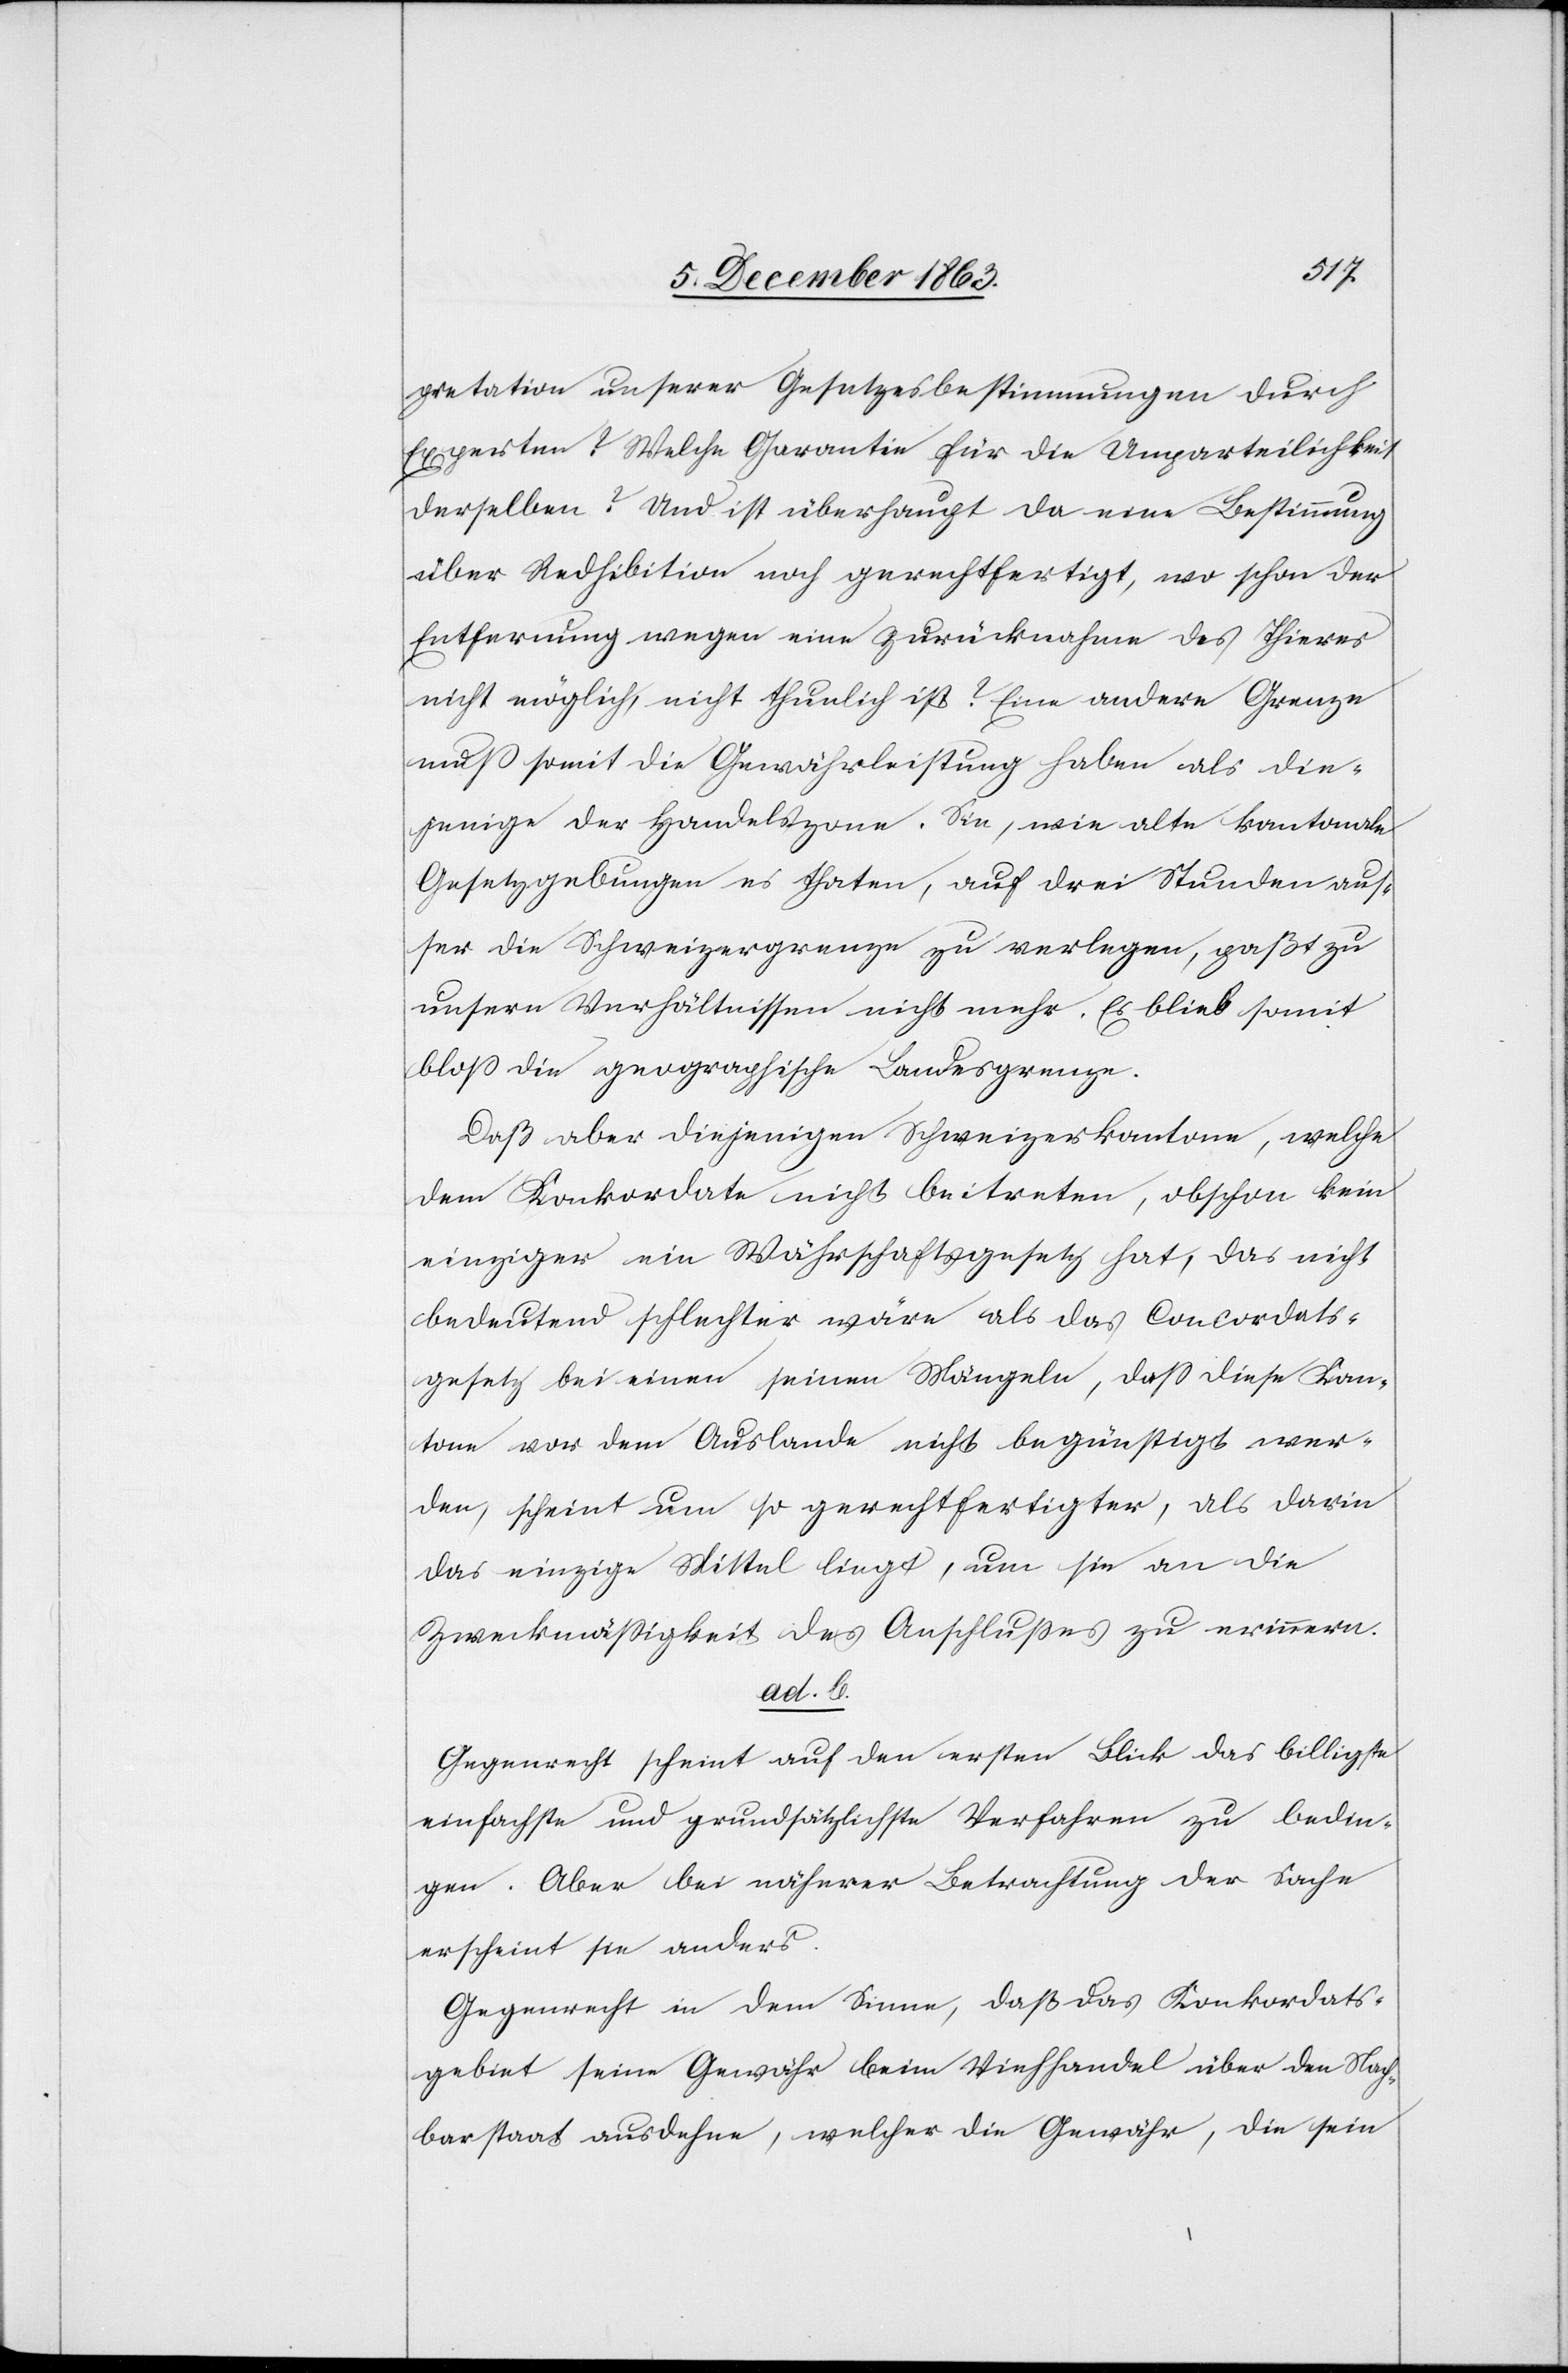
pretation unserer Gesetzesbestimmungen durch
Experten? Welche Garantie für die Unparteilichkeit
derselben? Und ist überhaupt da eine Bestimmung
über Redhibition noch gerechtfertigt, wo schon der
Entfernung wegen eine Zurücknahme des Thieres
nicht möglich, nicht thunlich ist? Eine andere Grenze
muss somit die Gewährleistung haben als die¬
jenige der Handelszone. Sie, wie alte kantonale
Gesetzgebungen es thaten, auf drei Stunden auß¬
er die Schweizergrenze zu verlegen, paßt zu
unsern Verhältnissen nicht mehr. Es blieb somit
bloss die geographische Landesgrenze.
Daß aber diejenigen Schweizerkantone, welche
dem Konkordate nicht beitreten, obschon kein
einziger ein Währschaftsgesetz hat, das nicht
bedeutend schlechter wäre als das Concordats¬
gesetz bei einen seinen Mängeln, dass diese Kan¬
tone vor dem Auslande nicht begünstigt wer¬
den, scheint um so gerechtfertigter, als darin
das einzige Mittel liegt, um sie an die
Zweckmässigkeit des Anschlusses zu erinnern.
ad. b.
Gegenrecht scheint auf den ersten Blick das billigste
einfachste und grundsätzlichste Verfahren zu bedin¬
gen. Aber bei näherer Betrachtung der Sache
erscheint sie anders.
Gegenrecht in dem Sinne, daß das Konkordats¬
gebiet seine Gewähr beim Viehhandel über den Nach¬
barstaat ausdehne, welcher die Gewähr, die sein